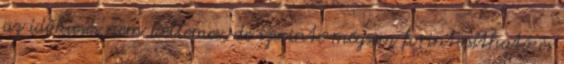
az időkiesés nem kellemes, de szerinte mégsem forintosítható és